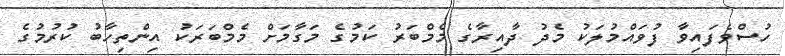
ހުސްވެފައިވާ ފުވައްމުލަކު މެދު ދާއިރާގެ މެމްބަރު ކަމުގެ މަގާމަށް މެމްބަރަކު އިންތިހާބު ކުރުމުގެ